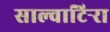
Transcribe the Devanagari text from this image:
साल्वाटिर्‍रा